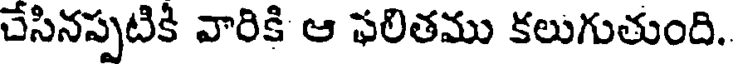
చేసినప్పటికి వారికి ఆ ఫలితము కలుగుతుంది.